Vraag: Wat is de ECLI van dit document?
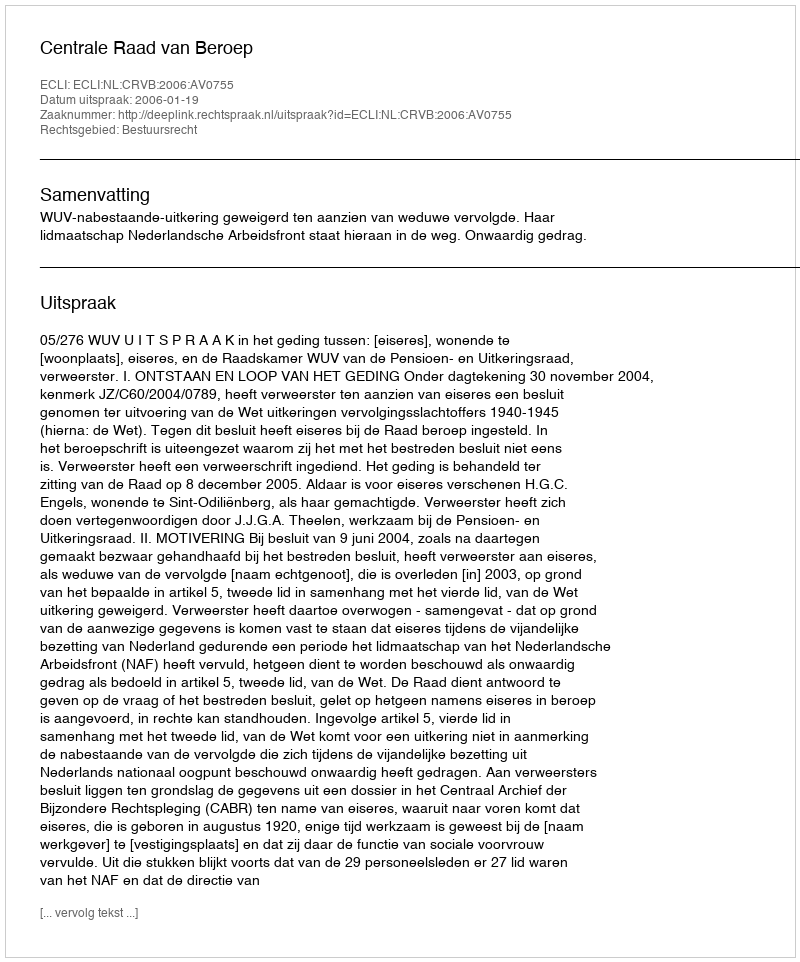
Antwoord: ECLI:NL:CRVB:2006:AV0755